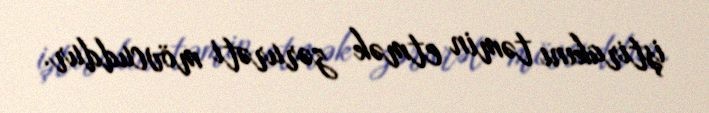
iştirakını təmin etmək zərurəti mövcuddur.